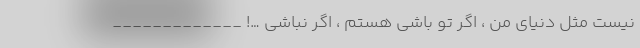
نیست مثل دنیای من ، اگر تو باشی هستم ، اگر نباشی …! _____________